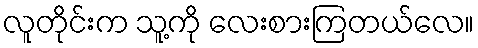
လူတိုင်းက သူ့ကို လေးစားကြတယ်လေ။